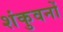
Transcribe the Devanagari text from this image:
शंकुवनों